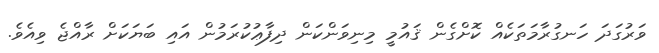
ވަރުގަދަ ހަނގުރާމަތަކެއް ކޮށްގެން ޤައުމީ މިނިވަންކަން ދިފާޢުކުރަމުން އައި ބަޔަކަށް ރާއްޖެ ވިއެވެ.